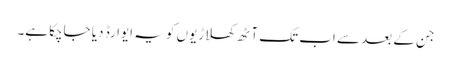
جن کے بعد سے اب تک آٹھ کھلاڑیوں کو یہ ایوارڈ دیا جاچکا ہے۔